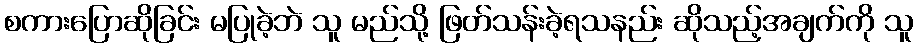
စကားပြောဆိုခြင်း မပြုခဲ့ဘဲ သူ မည်သို့ ဖြတ်သန်းခဲ့ရသနည်း ဆိုသည့်အချက်ကို သူ